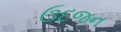
ઉદજન